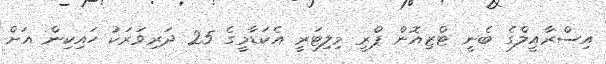
އިސްރާއީލްގެ ބެނީ ޓްޒިއޮން ޕްރީ މިލިޓަރީ އެކަޑާމީގެ 25 ދަރިވަރަކު ހައިކިން އަށް